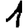
Digit: 1